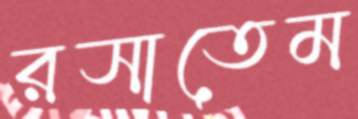
রসাতেম